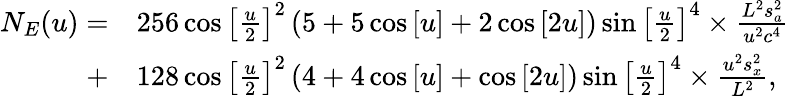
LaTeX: \begin{array}{rl}{{N_{E}}(u)=}&{{}256\cos{\left[{\frac{u}{2}}\right]^{2}}\left({5+5\cos\left[u\right]+2\cos\left[{2u}\right]}\right)\sin{\left[{\frac{u}{2}}\right]^{4}}\times\frac{{{L^{2}}s_{a}^{2}}}{{{u^{2}}{c^{4}}}}}\\ {+}&{{}128\cos{\left[{\frac{u}{2}}\right]^{2}}\left({4+4\cos\left[u\right]+\cos\left[{2u}\right]}\right)\sin{\left[{\frac{u}{2}}\right]^{4}}\times\frac{{{u^{2}}s_{x}^{2}}}{{{L^{2}}}},}\end{array}